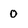
Character: 0